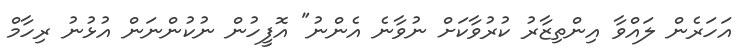
އަހަރެން ލައްވާ އިންތިޒާރު ކުރުވާކަށް ނުވާނެ އެންނު" އޮފީހުން ނުކުންނަން އުޅުނު ރިހާމް